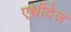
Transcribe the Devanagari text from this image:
एथ्रीदेज